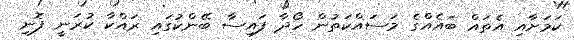
ކަމަށާއި އެތައް ބައެއްގެ މަސައްކަތުން ހޯދާ ފައިސާ ބޭންކުގައި ރައްކާ ކުރަނީ ފޮނި